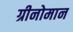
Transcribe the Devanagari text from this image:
ग्रीनोमान